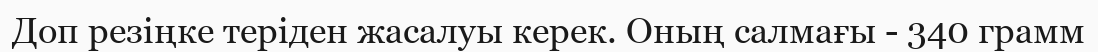
Доп резіңке теріден жасалуы керек. Оның салмағы - 340 грамм